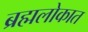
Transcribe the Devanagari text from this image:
ब्रह्मलोकात